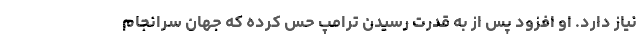
نیاز دارد. او افزود پس از به قدرت رسیدن ترامپ حس کرده که جهان سرانجام